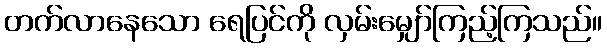
တက်လာနေသော ရေပြင်ကို လှမ်းမျှော်ကြည့်ကြသည်။